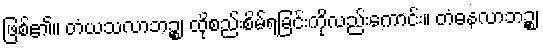
ဖြစ်၏။ တံယသလာဘဉ္စ၊ ထိုစည်းစိမ်ရခြင်းကိုလည်းကောင်း။ တံဓနလာဘဉ္စ၊